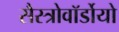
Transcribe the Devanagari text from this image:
सैस्त्रोवॉर्डोयो